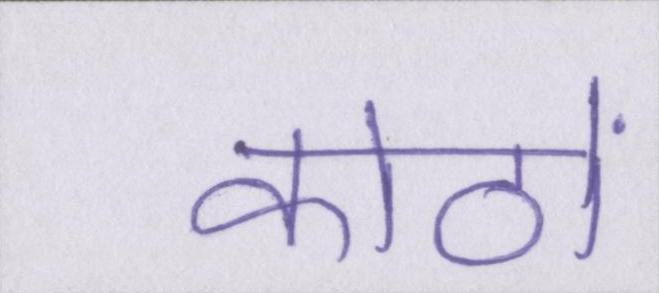
कोठों